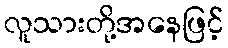
လူသားတို့အနေဖြင့်